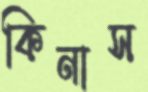
কিনাস